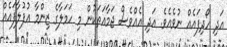
އަދި ހޯދިފައެއް ނުވެއެވެ. އަދި އެއްވެސް ޖަމާއަތަކުން މި ހަމަލާގެ ޒިންމާ އުފުލާފައެއް